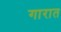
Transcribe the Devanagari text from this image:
गारात